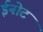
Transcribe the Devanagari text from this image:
ईनोट